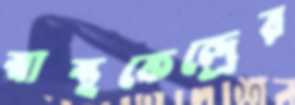
স্বাস্থকেন্দ্রের